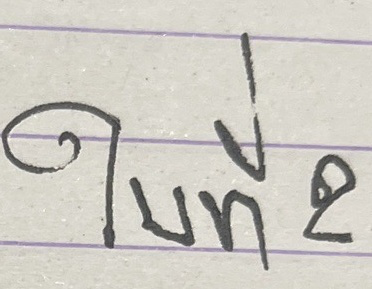
ใบที่ 2